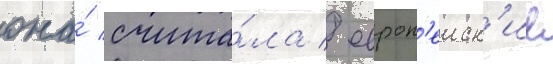
она́ счита́ла / европ'еиск'ие